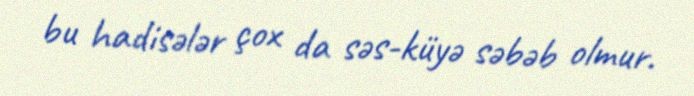
bu hadisələr çox da səs-küyə səbəb olmur.